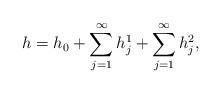
LaTeX: \begin{align*}h=h_0+\sum_{j=1}^\infty{h_j^1}+\sum_{j=1}^\infty{h_j^2},\end{align*}